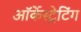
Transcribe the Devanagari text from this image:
ऑर्केस्ट्रेटिंग